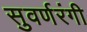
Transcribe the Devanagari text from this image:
सुवर्णरंगी